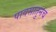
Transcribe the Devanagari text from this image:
पावसातुनच